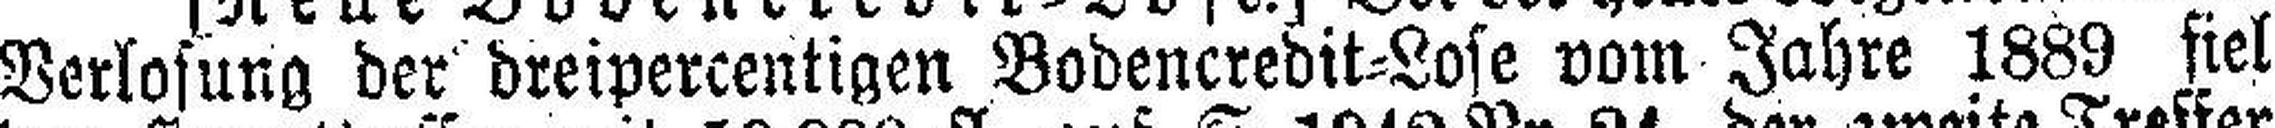
Verlosung der dreipercentigen Bodencredit=Lose vom Jahre 1889 fiel